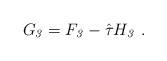
\begin{align*}G_{\it 3} = F_{\it 3} - \hat\tau H_{\it 3}\ .\end{align*}